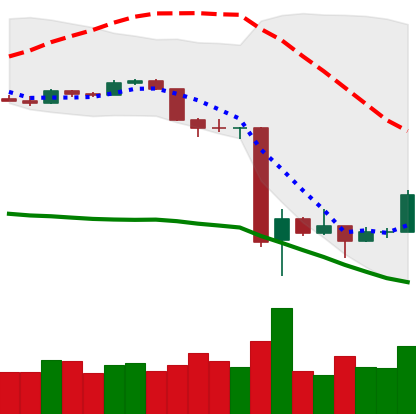
Ticker: BTC-USD
Chart end date: 2020-03-19
Forward return: 8.78%
Label: up_7plus